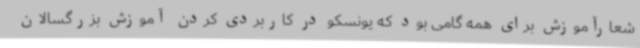
شعارآموزش برای همه گامی بود که یونسکو در کاربردی کردن آموزش بزرگسالان